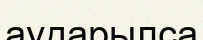
аударылса